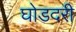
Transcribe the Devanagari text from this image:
घोडदरी